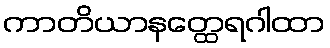
ကာတိယာနတ္ထေရဂါထာ